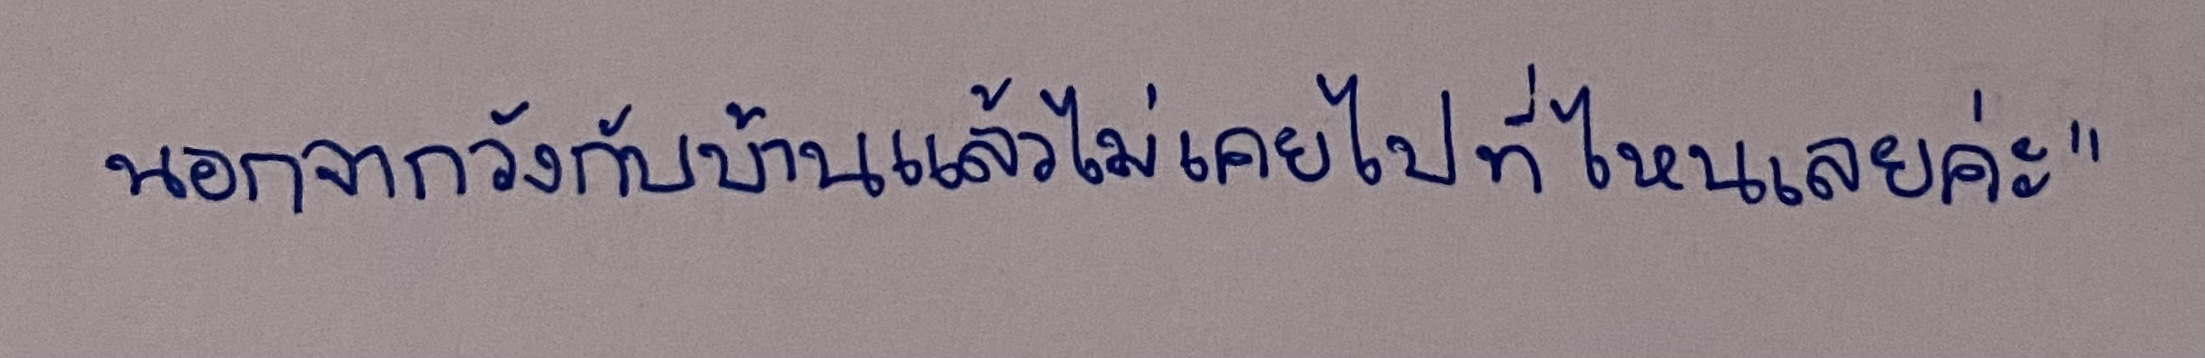
นอกจากวังกับบ้านแล้วไม่เคยไปที่ไหนเลยค่ะ"